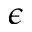
\epsilon